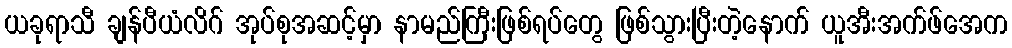
ယခုရာသီ ချန်ပီယံလိဂ် အုပ်စုအဆင့်မှာ နာမည်ကြီးဖြစ်ရပ်တွေ ဖြစ်သွားပြီးတဲ့နောက် ယူအီးအက်ဖ်အေက